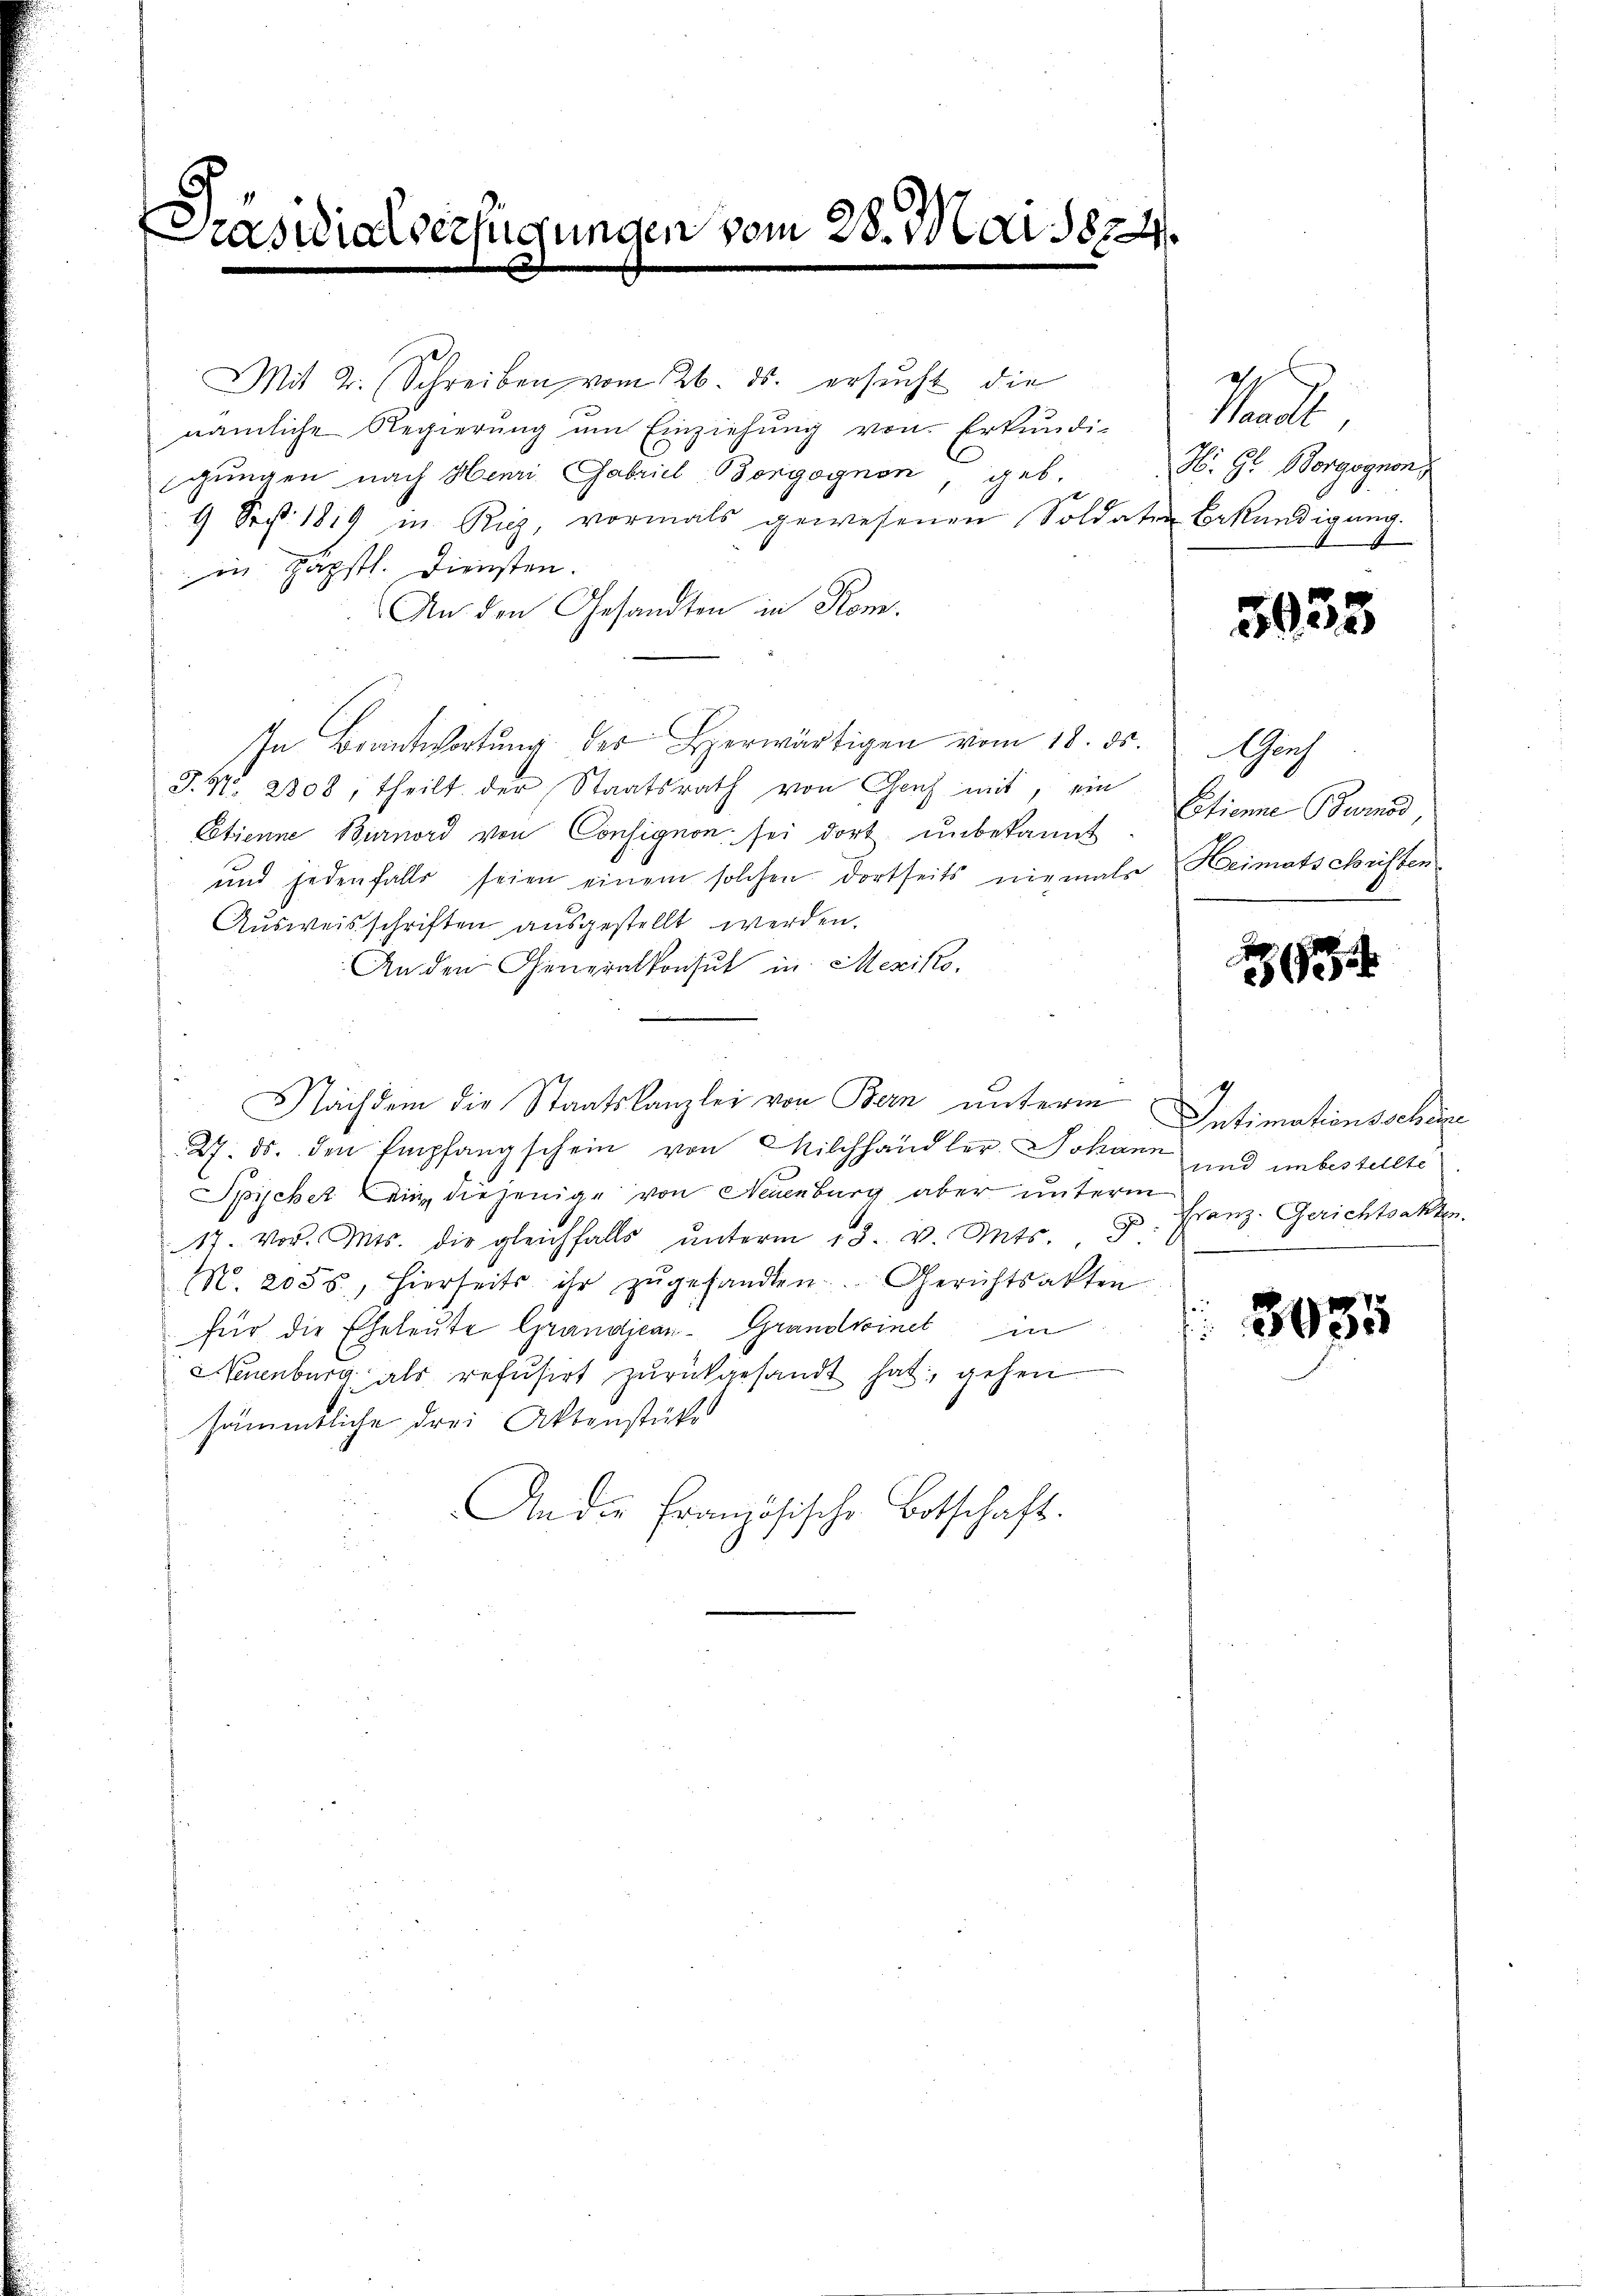
.
räsidialverfügungen vom 28. Mai 1824.

Mit 2. Schreiben vom 26. ds. ersucht die
nämliche Regierung um Einziehung von Erkundi-
gungen nach Henri Gabriel Borgognen, geb.
9 Sep. 1819 in Riz, vormals gewesenen Soldater Bekandigung.
in päpstl. Diensten.
An den Gesandten in Kom
In Beantwortŭng der Berwärtigen vom 18. ds.
T. No. 2808, theilt der Staatsrath von Genf mit, ein
Cotienne Burnord von Consignon sei dort unbekannt.
und jedenfalls seien einem solchen dortseits niemals Heimatschriften
Ausweisschriften ausgestellt werden.
An den Generalkonsul in Mexiko
Nachdem die Staatskanzlei von Bern unterm Intimationsschen
27. ds. den Empfangschein von Milchhandler. Johann
Spicher ein diejenige von Neuenburg aber unterm
17. vor. Mts. die gleichfalls ŭnterm 18. v. Mts. 9
Mo. 2055, hierseits ihr zŭgesandten Gerichtsakten
für die Eheleute Grandjean-Grandwinet in
NNeuenburg als refŭsirt zŭrückgesandt hat, gehen
sämmtliche drei Aktenstück
An die Französische Botschaft.

Kand
H. Gr. Borgognon
e

3033

anh
Etienne Burnod

d
und unbestellte
v. Franz. Gerichtsakten.

3035